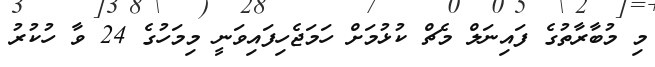
މި މުބާރާތުގެ ފައިނަލް މެޗް ކުޅުމަށް ހަމަޖެހިފައިވަނީ މިމަހުގެ 24 ވާ ހުކުރު